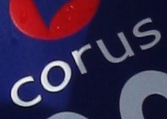
corus